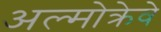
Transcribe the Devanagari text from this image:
अल्मोक्रेवे